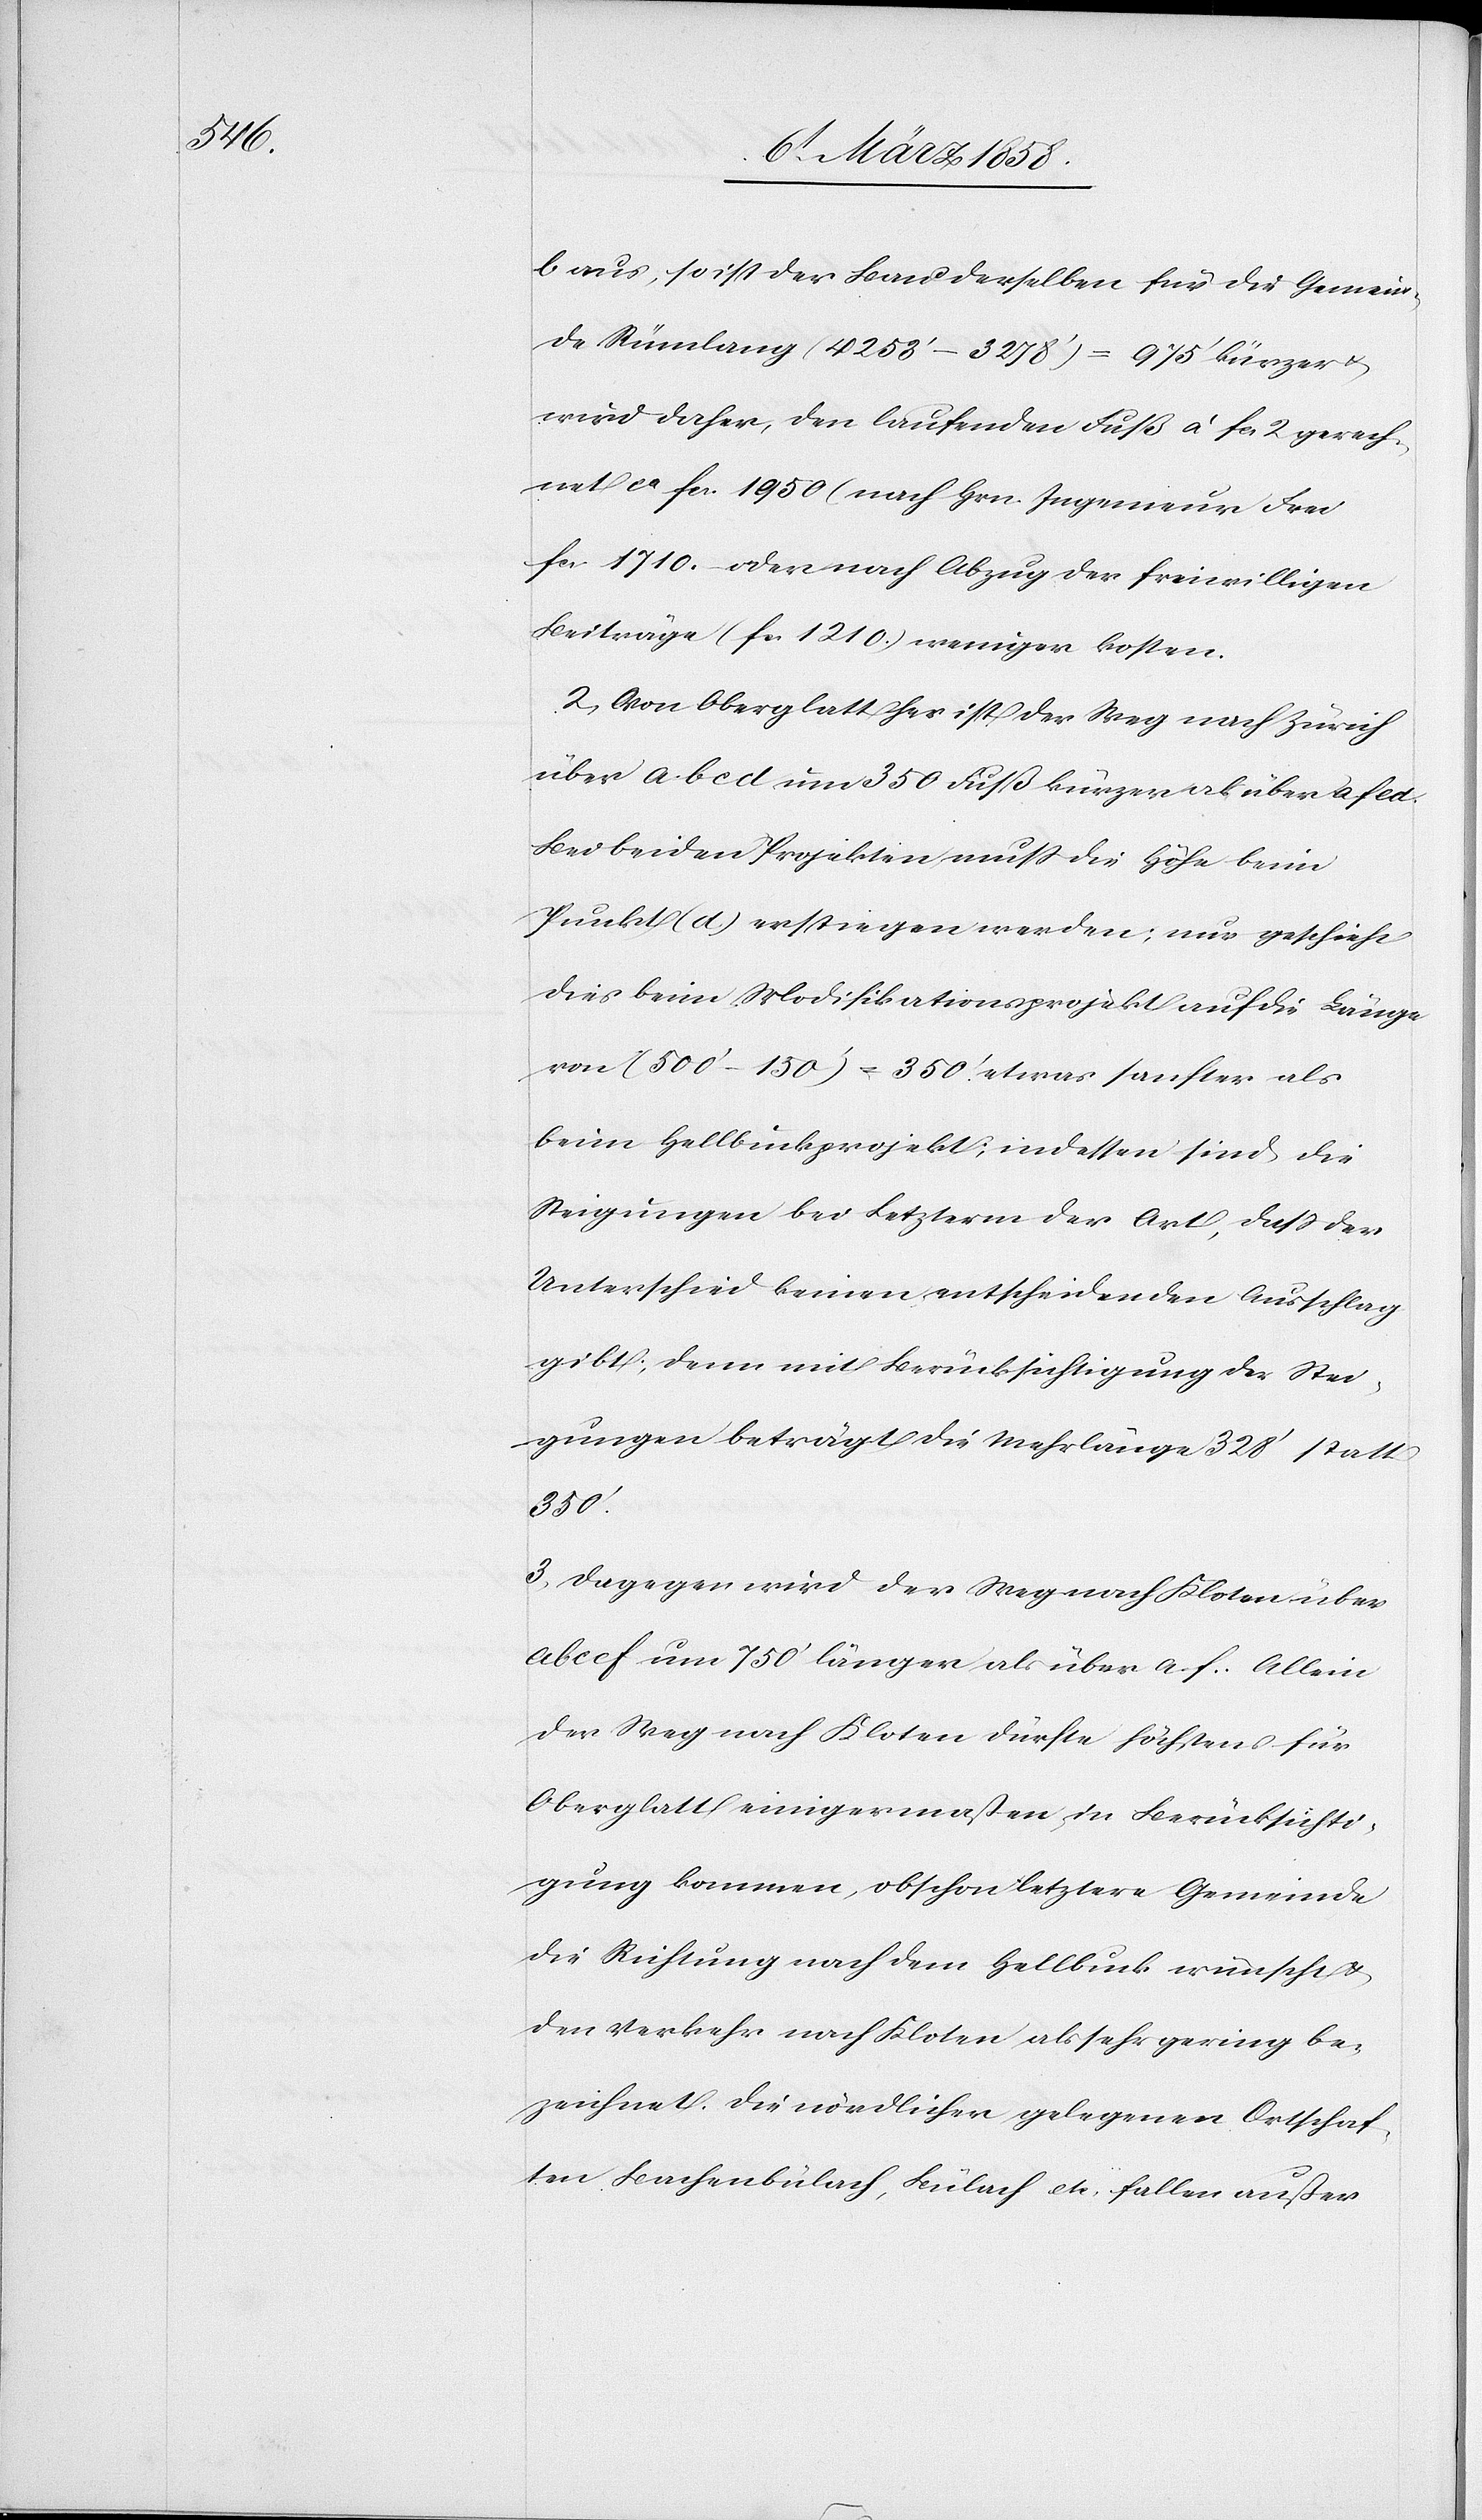
b aus, so ist der Bau derselben für die Gemein¬
de Rümlang (4253’–3278’) = 9 1/5’ kürzer u.
wird daher, den laufenden Fuß à fcs. 2 gerech¬
net ca fcs. 1950 (nach Hrn. Ingenieur Frei
fcs. 1710[)] oder nach Abzug der freiwilligen
Beiträge (fcs. 1210) weniger kosten.
2. Von Oberglatt her ist der Weg nach Zürich
über abcd und 350 Fuß kürzer als über afcd.
Bei beiden Projekten muß die Höhe beim
Punkt (d) erstiegen werden; nur geschieht
dies beim Modifikationsprojekt auf die Länge
von (500’–150’) = 350’ etwas sanfter als
beim Hellbuckprojekt; indessen sind die
Steigungen bei Letzterm der Art, daß der
Unterschied keinen entscheidenden Ausschlag
gibt; denn mit Berücksichtigung der Stei¬
gungen beträgt die Mehrlänge 328’ statt
350’.
3. Dagegen wird der Weg nach Kloten über
abecf um 750’ länger als über a–f. Allein
der Weg nach Kloten dürfte höchstens für
Oberglatt einigermaßen in Berücksichti¬
gung kommen, obschon letztere Gemeinde
die Richtung nach dem Hellbuck wünscht u.
den Verkehr nach Kloten als sehr gering be¬
zeichnet. Die nördlicher gelegenen Ortschaf¬
ten Bachenbülach, Bülach etc. fallen außer